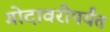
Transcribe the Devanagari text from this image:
गोदावरीपर्यंत